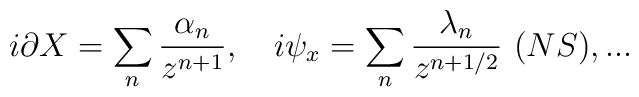
i\partial X = \sum_n {\alpha_n\over z^{n+1}},\ \ \  i\psi_x = \sum_n {\lambda_n\over z^{n+1/2}}\  (NS), ...